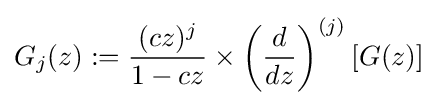
G_{j}(z):={\frac {(cz)^{j}}{1-cz}}\times \left({\frac {d}{dz}}\right)^{(j)}\left[G(z)\right]